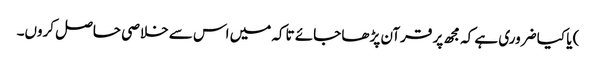
) یا کیا ضروری ہے کہ مجھ پر قرآن پڑھا جائے تاکہ میں اس سے خلاصی حاصل کروں۔